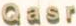
Qasr